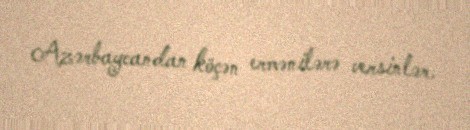
Azərbaycandan köçən ermənilərə versinlər.